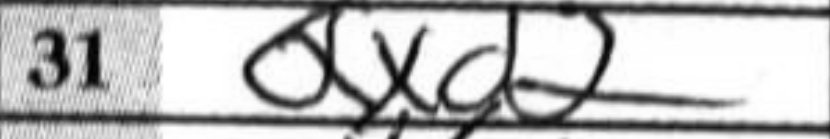
Transcription: Qxd2